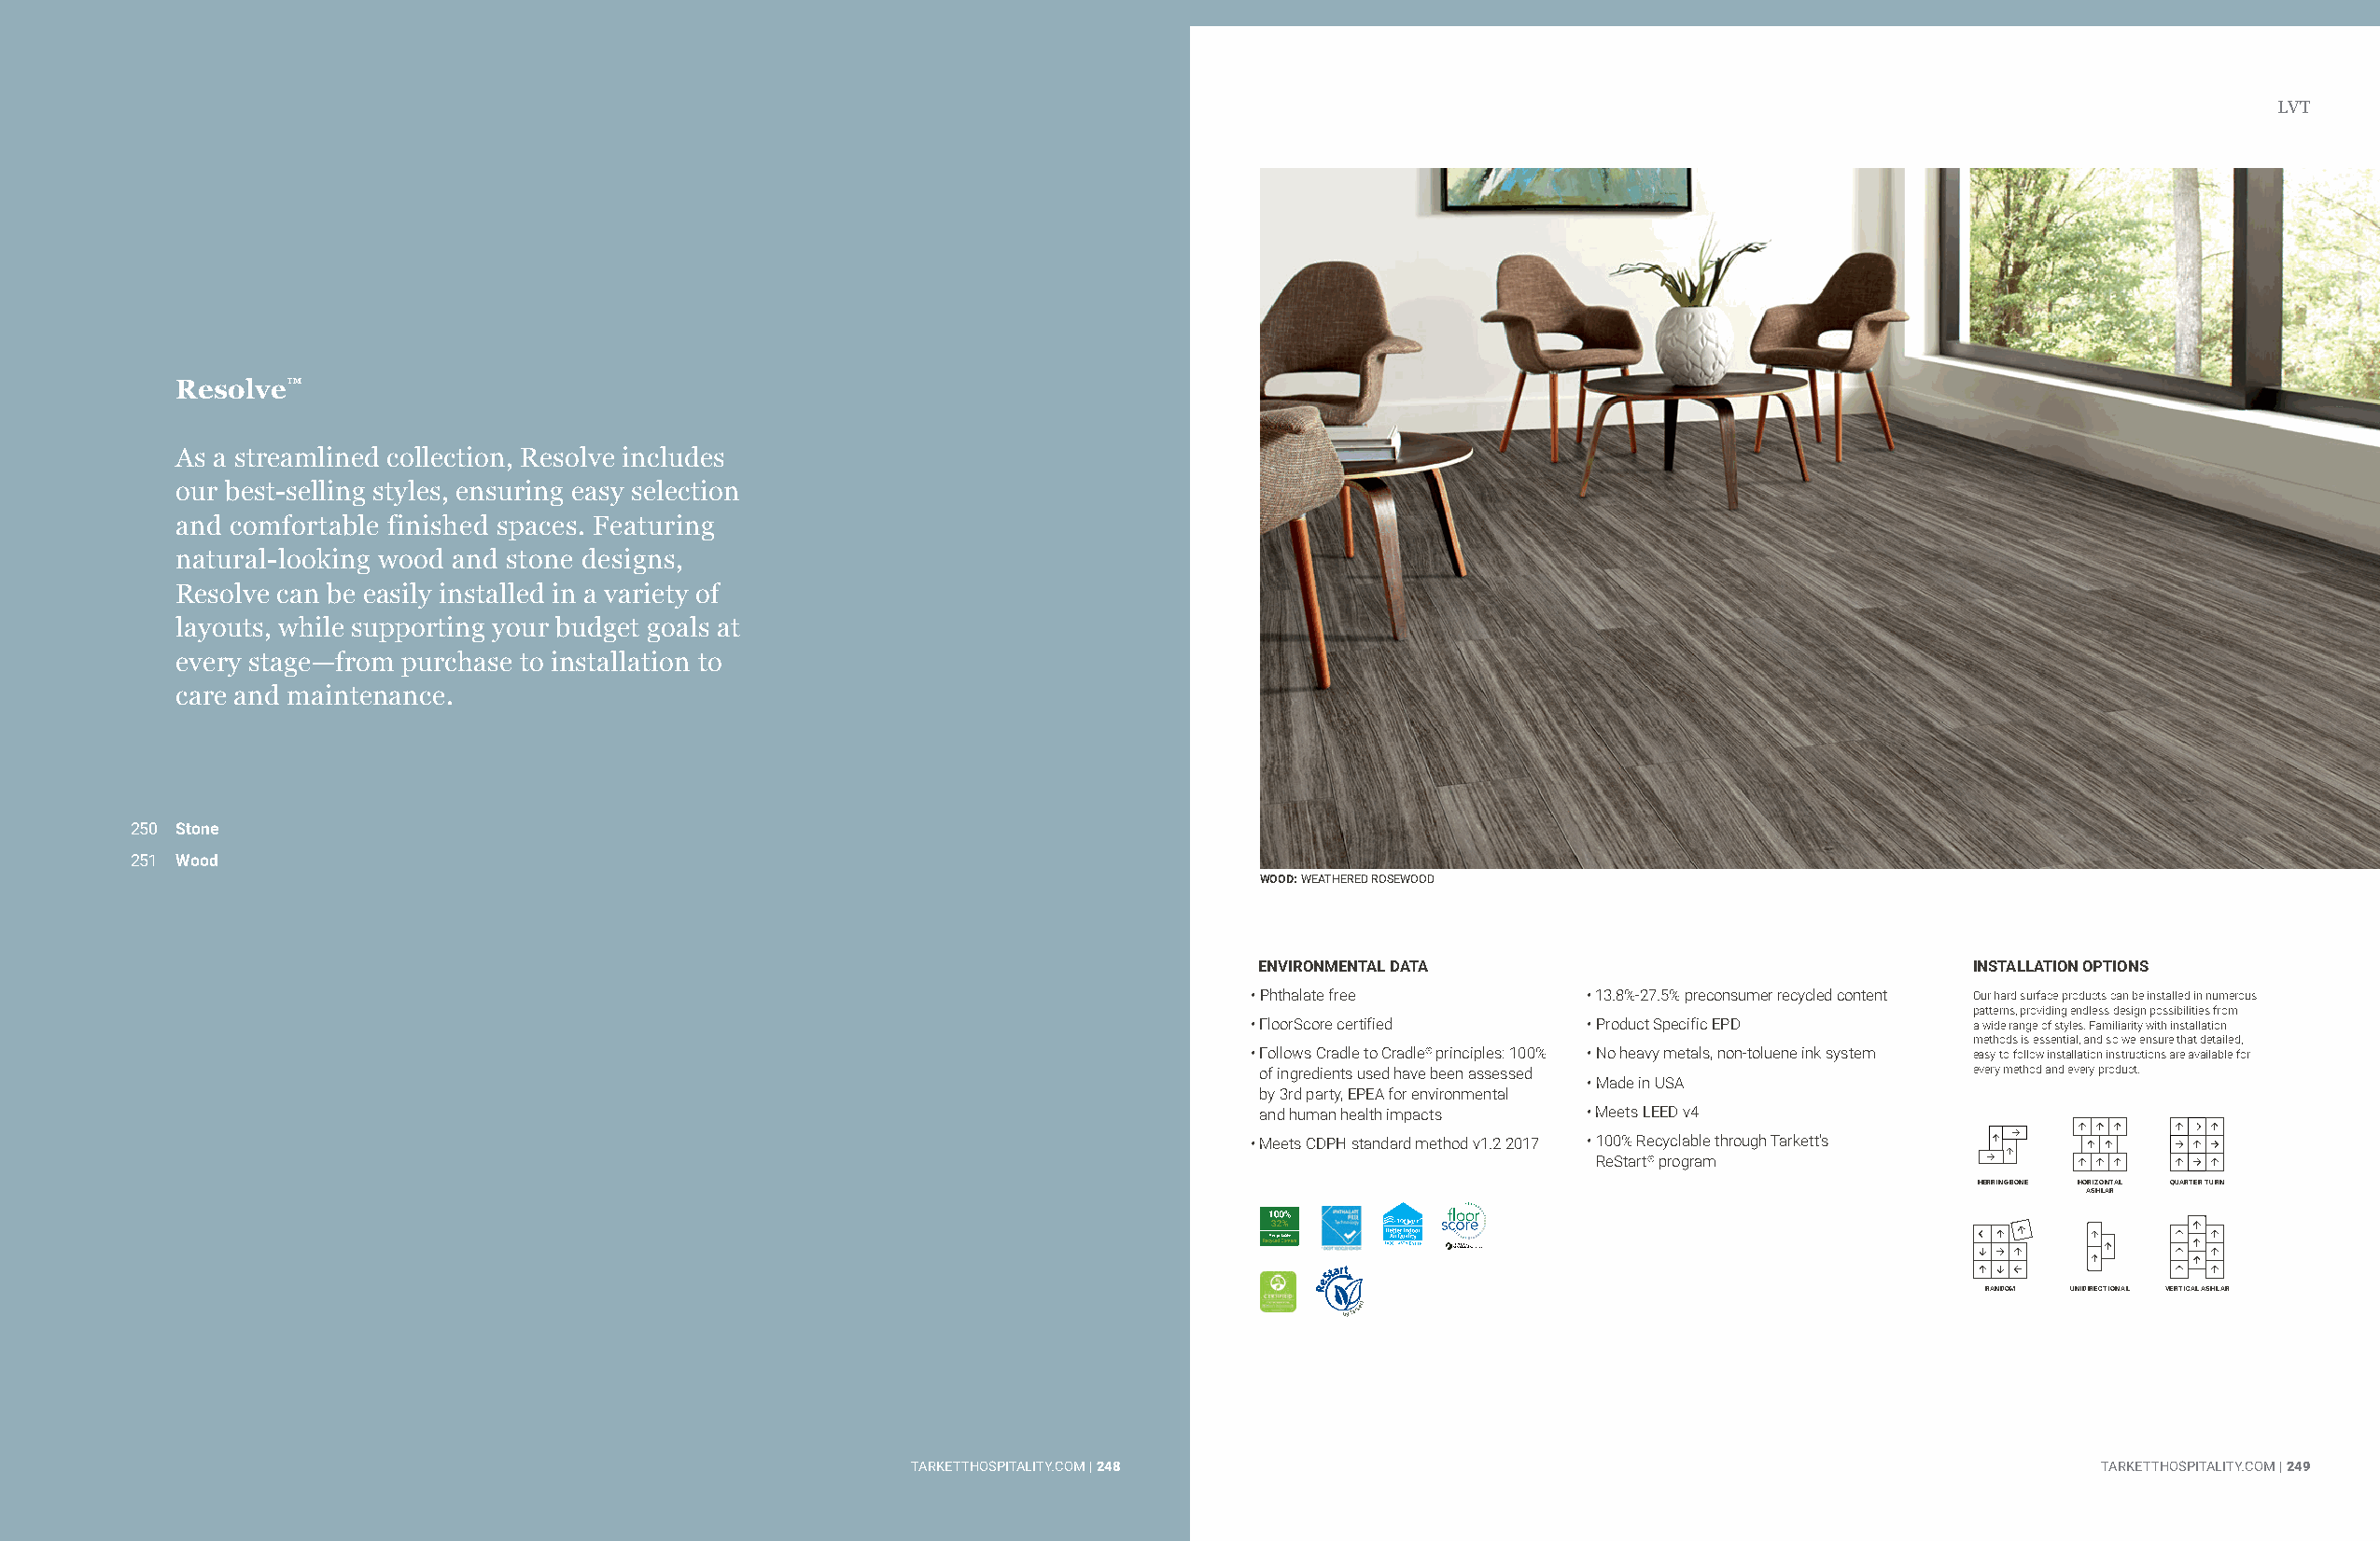
LVT                                                                                  LVT
 Resolve™
 As a streamlined collection, Resolve includes
 our best-selling styles, ensuring easy selection
 and comfortable finished spaces. Featuring
 natural-looking wood and stone designs,
 Resolve can be easily installed in a variety of
 layouts, while supporting your budget goals at
 every stage—from purchase to installation to
 care and maintenance.
 250 Stone
 251 Wood
 WOOD: WEATHERED ROSEWOOD
 ENVIRONMENTAL DATA                                 INSTALLATION OPTIONS
 • Phthalate free        • 13.8%-27.5% preconsumer recycled content Our hard surface products can be installed in numerous
 patterns, providing endless design possibilities from
 • FloorScore certified  • Product Specific EPD     a wide range of styles. Familiarity with installation
 methods is essential, and so we ensure that detailed,
 • Follows Cradle to Cradle® principles: 100% • No heavy metals, non-toluene ink system easy-to-follow installation instructions are available for
 of ingredients used have been assessed             every method and every product.
 • Made in USA
 by 3rd party, EPEA for environmental
 and human health impacts • Meets LEED v4
 • Meets CDPH standard method v1.2 2017 • 100% Recyclable through Tarkett’s
 ReStart® program
 HERRINGBONE HORIZONTAL QUARTER TURN
 ASHLAR
 *
 RANDOM UNIDIRECTIONAL VERTICAL ASHLAR
 TTAARRKKEETTTTHHOOSSPPIITTAALLIITTYY..CCOOMM || 224488                              TARKETTHOSPITALITY.COM | 249